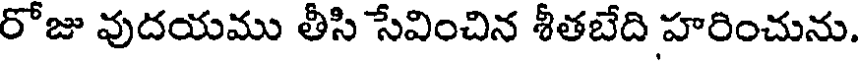
రోజు వుదయము తీసి సేవించిన శీతబేది హరించును.